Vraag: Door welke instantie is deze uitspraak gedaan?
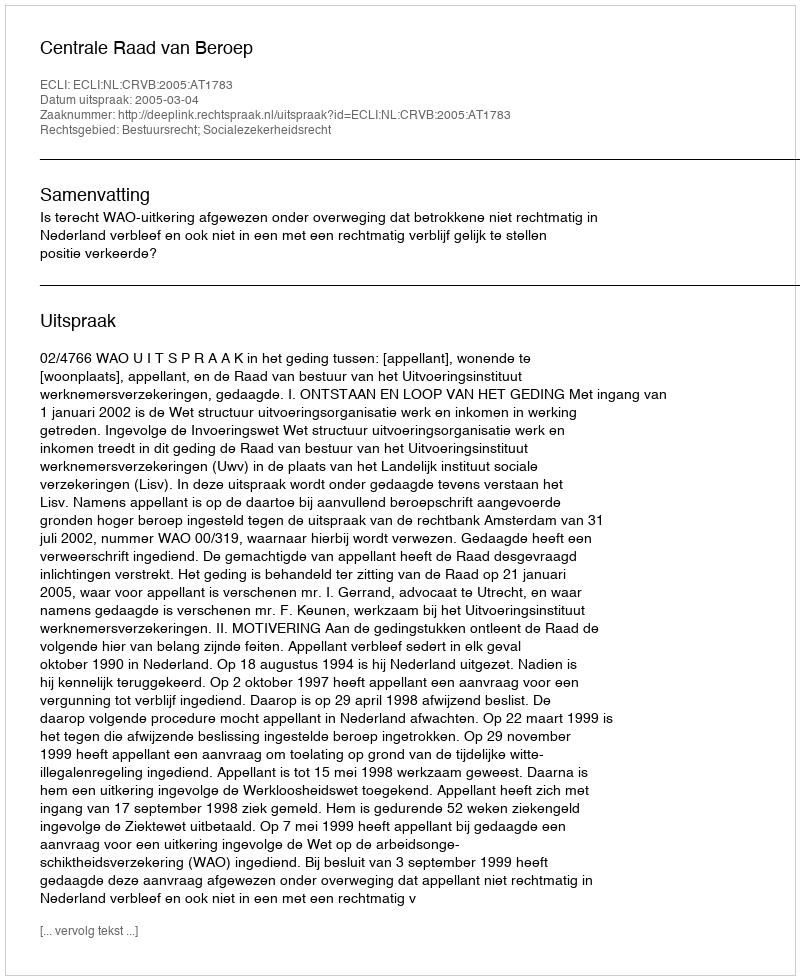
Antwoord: Centrale Raad van Beroep